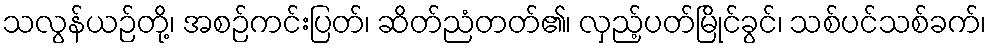
သလွန်ယဉ်တို့၊ အစဉ်ကင်းပြတ်၊ ဆိတ်ညံတတ်၏၊ လှည့်ပတ်မြိုင်ခွင်၊ သစ်ပင်သစ်ခက်၊